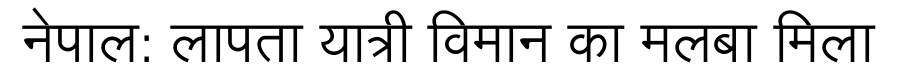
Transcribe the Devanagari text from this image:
नेपाल: लापता यात्री विमान का मलबा मिला